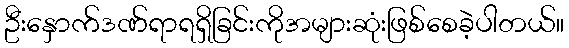
ဦးနှောက်ဒဏ်ရာရရှိခြင်းကိုအများဆုံးဖြစ်စေခဲ့ပါတယ်။